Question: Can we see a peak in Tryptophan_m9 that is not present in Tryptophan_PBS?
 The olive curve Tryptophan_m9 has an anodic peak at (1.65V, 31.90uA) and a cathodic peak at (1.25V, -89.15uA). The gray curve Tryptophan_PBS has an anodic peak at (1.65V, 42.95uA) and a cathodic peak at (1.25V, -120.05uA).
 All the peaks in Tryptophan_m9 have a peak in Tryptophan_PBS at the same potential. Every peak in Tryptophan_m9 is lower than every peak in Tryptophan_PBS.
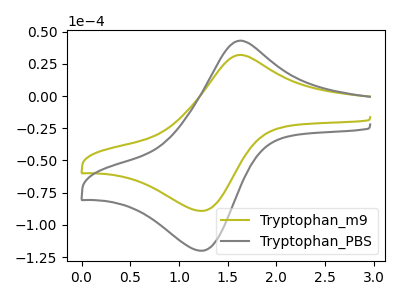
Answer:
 <answer>No, "Tryptophan_m9" and "Tryptophan_PBS" don't appear to be significantly different in shape</answer>
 <eval>no_change</eval>